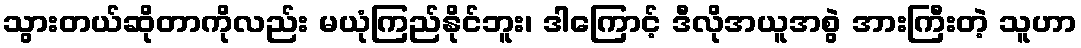
သွားတယ်ဆိုတာကိုလည်း မယုံကြည်နိုင်ဘူး၊ ဒါကြောင့် ဒီလိုအယူအစွဲ အားကြီးတဲ့ သူဟာ